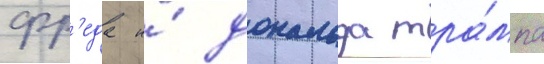
фр'еда и́ дональда тра́мпа